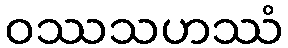
ဝဿသဟဿံ